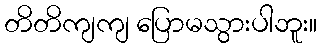
တိတိကျကျ ပြောမသွားပါဘူး။